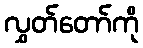
လွှတ်တော်ကို